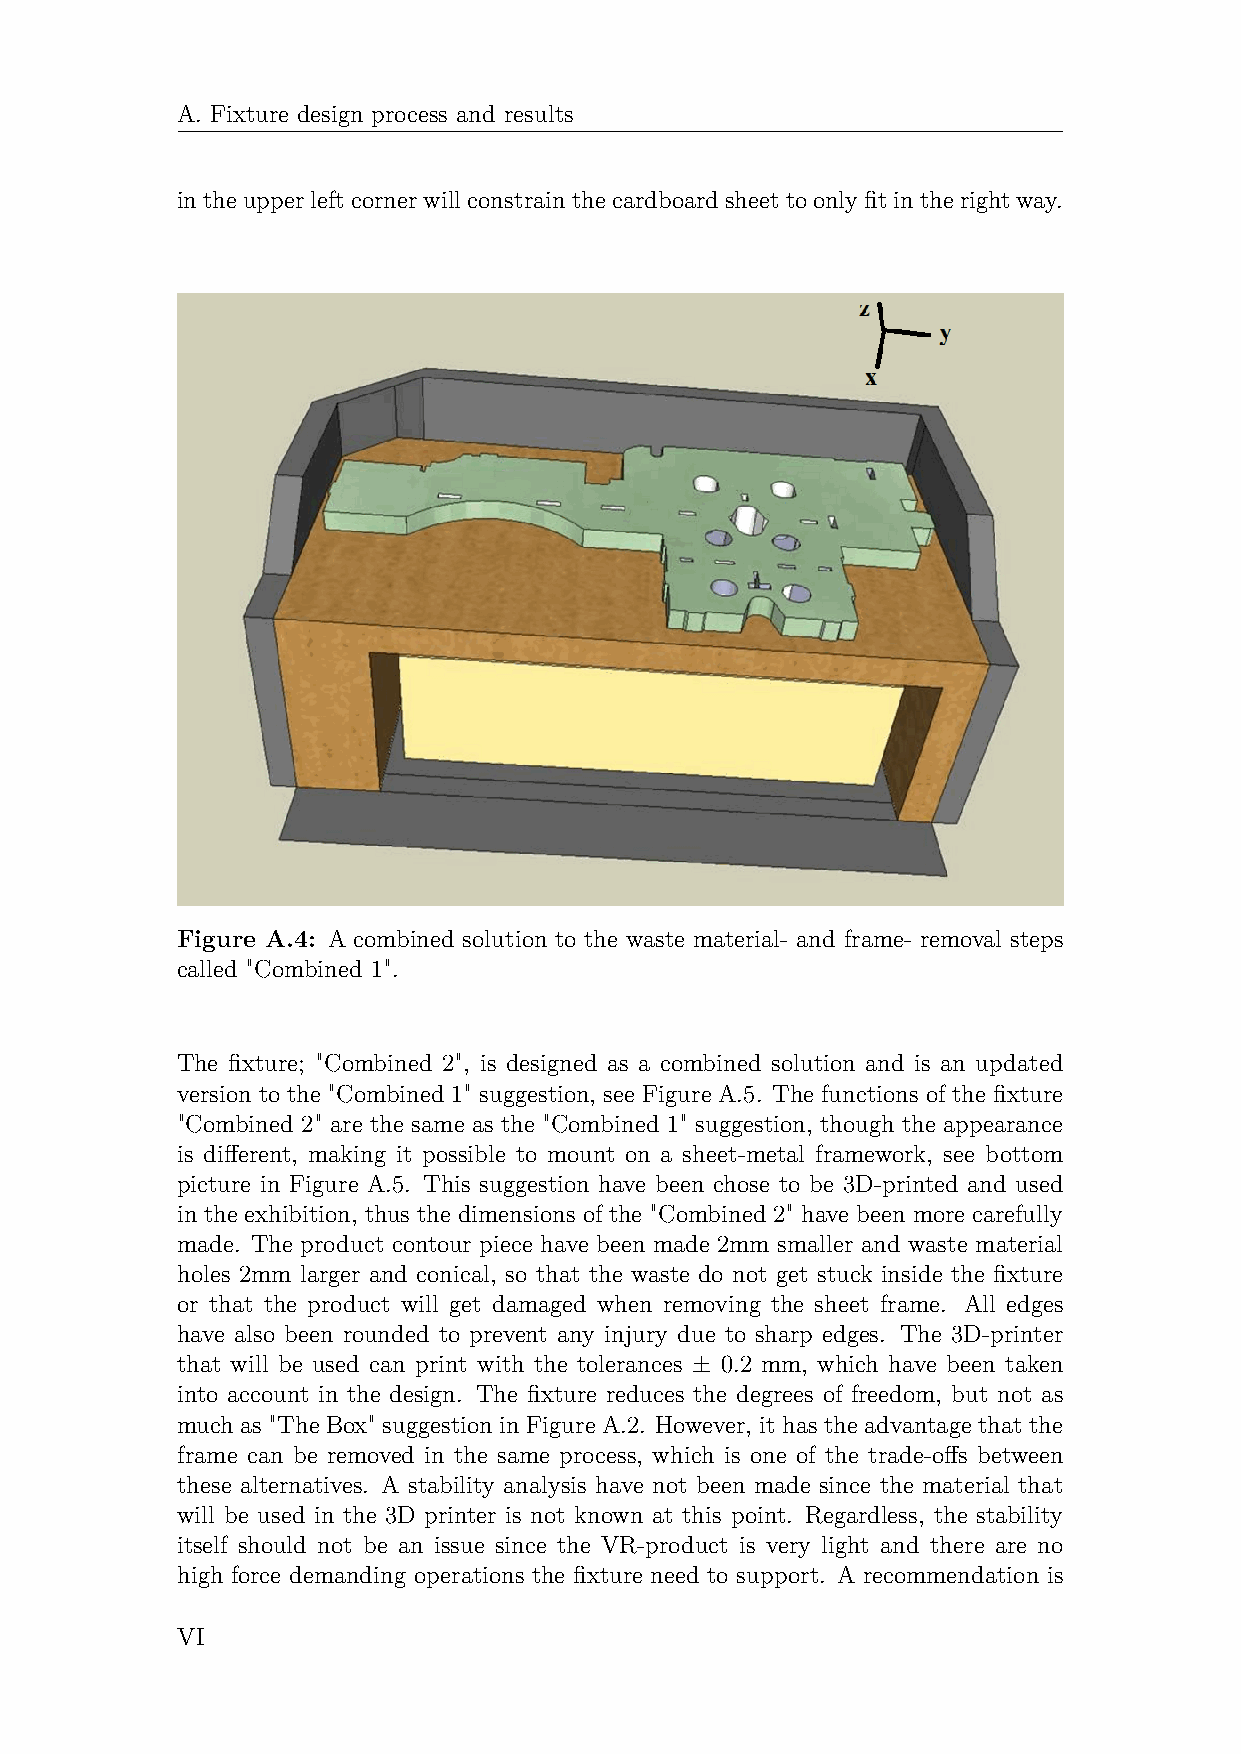
A. Fixture design process and results
 intheupperleftcornerwillconstrainthecardboardsheettoonlyfitintherightway.
 Figure A.4: A combined solution to the waste material- and frame- removal steps
 called "Combined 1".
 The fixture; "Combined 2", is designed as a combined solution and is an updated
 version to the "Combined 1" suggestion, see Figure A.5. The functions of the fixture
 "Combined 2" are the same as the "Combined 1" suggestion, though the appearance
 is different, making it possible to mount on a sheet-metal framework, see bottom
 picture in Figure A.5. This suggestion have been chose to be 3D-printed and used
 in the exhibition, thus the dimensions of the "Combined 2" have been more carefully
 made. The product contour piece have been made 2mm smaller and waste material
 holes 2mm larger and conical, so that the waste do not get stuck inside the fixture
 or that the product will get damaged when removing the sheet frame. All edges
 have also been rounded to prevent any injury due to sharp edges. The 3D-printer
 that will be used can print with the tolerances ± 0.2 mm, which have been taken
 into account in the design. The fixture reduces the degrees of freedom, but not as
 much as "The Box" suggestion in Figure A.2. However, it has the advantage that the
 frame can be removed in the same process, which is one of the trade-offs between
 these alternatives. A stability analysis have not been made since the material that
 will be used in the 3D printer is not known at this point. Regardless, the stability
 itself should not be an issue since the VR-product is very light and there are no
 high force demanding operations the fixture need to support. A recommendation is
 VI